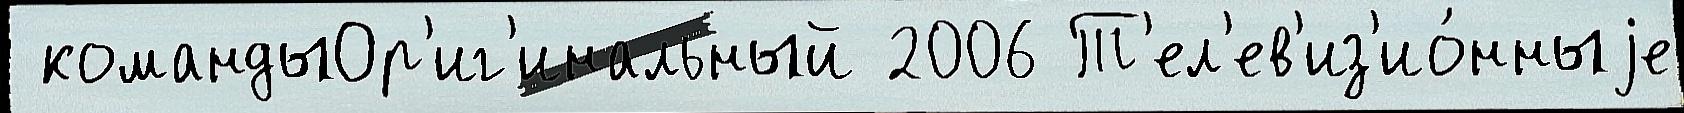
 командыОр'иг'инальный 2006 Т'ел'ев'из'ио́нныjе